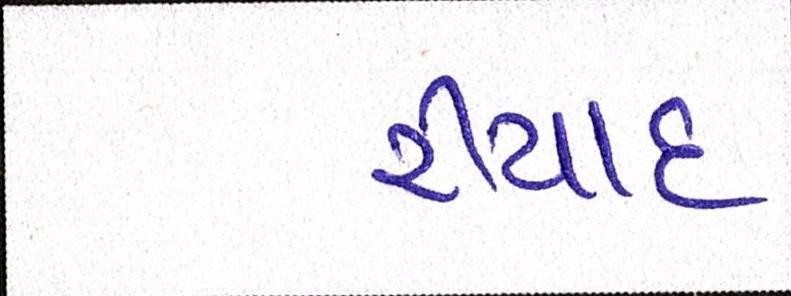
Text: રીયાદ